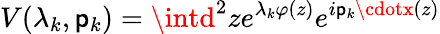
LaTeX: V(\lambda_{k},\mathsf{p}_{k})=\intd^{2}ze^{\lambda_{k}\varphi(z)}e^{i\mathsf{p}_{k}\cdotx(z)}